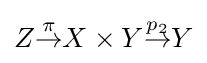
Z{\overset {\pi }{\to }}X\times Y{\overset {p_{2}}{\to }}Y